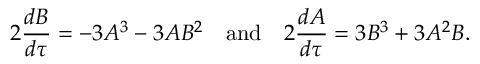
2 { \frac { d B } { d \tau } } = - 3 A ^ { 3 } - 3 A B ^ { 2 } \quad \mathrm { a n d } \quad 2 { \frac { d A } { d \tau } } = 3 B ^ { 3 } + 3 A ^ { 2 } B .